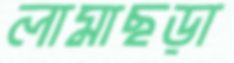
লামাছড়া